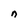
Character: n